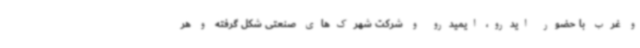
و غرب با حضور ایدرو، ایمیدرو و شرکت شهرک‌های صنعتی شکل گرفته و هر